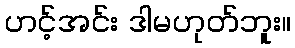
ဟင့်အင်း ဒါမဟုတ်ဘူး။